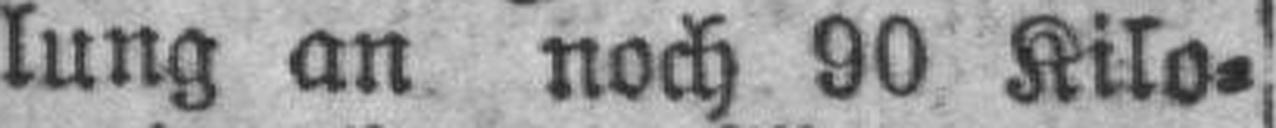
lung an noch 90 Kilo¬